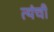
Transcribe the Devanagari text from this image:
त्यंची